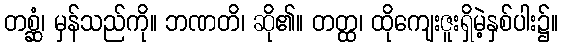
တစ္ဆံ၊ မှန်သည်ကို။ ဘဏတိ၊ ဆို၏။ တတ္ထ၊ ထိုကျေးဇူးရှိမဲ့နှစ်ပါး၌။